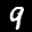
Label: 9